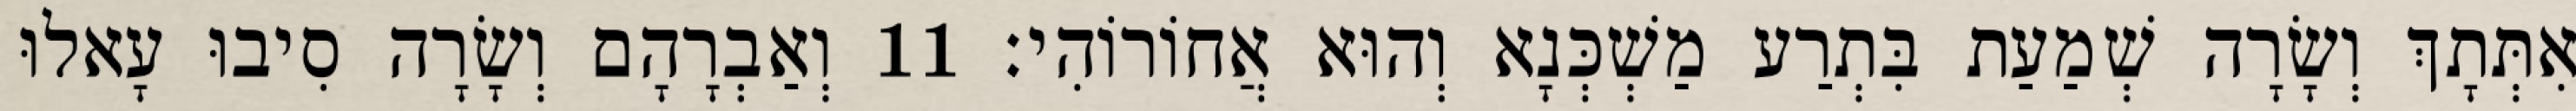
אִתְּתָךְ וְשָׂרָה שְׁמַעַת בִּתְרַע מַשְׁכְּנָא וְהוּא אֲחוֹרוֹהִי׃ 11 וְאַבְרָהָם וְשָׂרָה סִיבוּ עָאלוּ